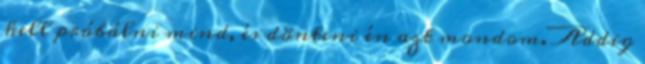
kell próbálni mind, és dönteni én azt mondom. Addig